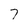
Character: 7